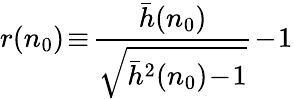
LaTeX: r(n_{0})\! \equiv\! \frac{\bar{h}(n_{0})}{\sqrt{\bar{h}^{2}(n_{0})\! -\! 1}}\! -\! 1